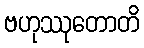
ဗဟုဿုတောတိ